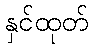
နှင်ထုတ်